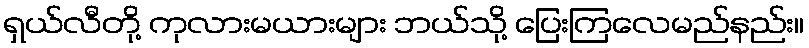
ရှယ်လီတို့ ကုလားမယားများ ဘယ်သို့ ပြေးကြလေမည်နည်း။